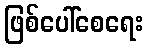
ဖြစ်ပေါ်စေရေး